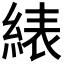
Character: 𬗠